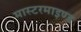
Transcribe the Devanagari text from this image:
मास्टरमाइण्ड